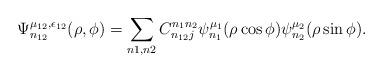
LaTeX: \begin{align*} \Psi_{n_{12}}^{\mu_{12},\epsilon_{12}}(\rho,\phi) &= \displaystyle\sum\limits_{n1,n2}C^{n_1 n_2}_{n_{12}j} \psi_{n_1}^{\mu_1}(\rho \cos \phi)\psi_{n_2}^{\mu_2}(\rho \sin \phi).\end{align*}